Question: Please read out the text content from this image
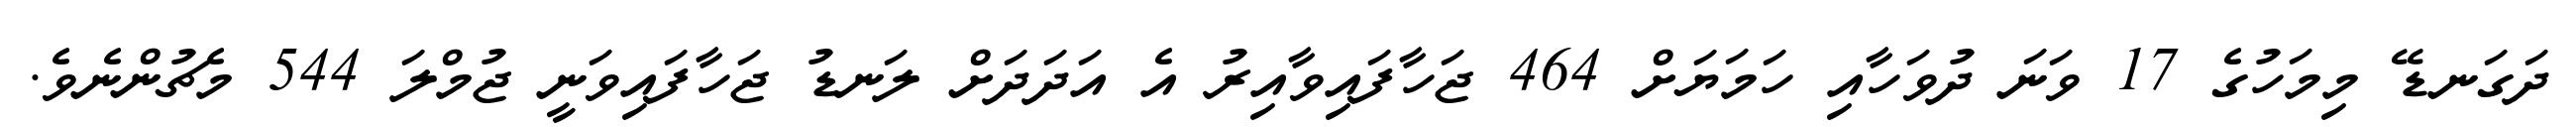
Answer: ދަގަނޑޭ މިމަހުގެ 17 ވަނަ ދުވަހާއި ހަމަޔަށް 464 ޖަހާފައިވާއިރު އެ އަދަދަށް ލަނޑު ޖަހާފައިވަނީ ޖުމްލަ 544 މެޗުންނެވެ.